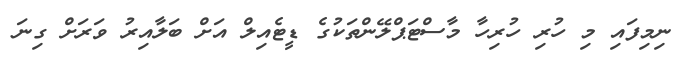
ނިމިފައި މި ހުރި ހުރިހާ މާސްޓަޕްލޭންތަކުގެ ޑީޓެއިލް އަށް ބަލާއިރު ވަރަށް ގިނަ